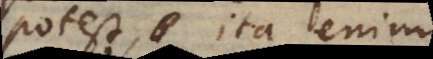
potest, ita enim